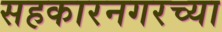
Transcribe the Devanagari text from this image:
सहकारनगरच्या